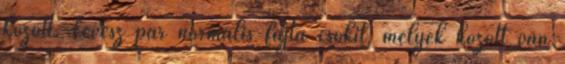
között. Levesz pár normális fajta csokit, melyek között van